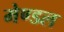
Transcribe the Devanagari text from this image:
मेण्डल